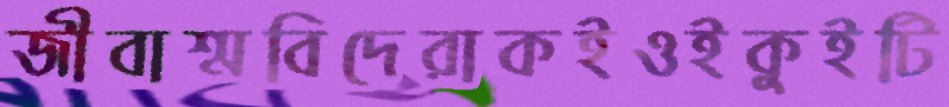
জীবাশ্মবিদেরাকইওইকুইটি